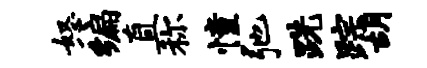
怒编直称憧弛跣踪胡